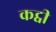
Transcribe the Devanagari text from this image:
कट्वी